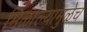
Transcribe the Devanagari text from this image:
मिळाल्यामुळेच